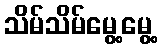
သိမ်သိမ်မွေ့မွေ့